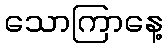
သောကြာနေ့